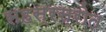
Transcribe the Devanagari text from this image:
सहस्रस्रोत